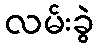
လမ်းခွဲ